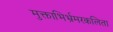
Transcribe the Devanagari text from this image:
मुक्ताभिर्भ्रमरकलिता